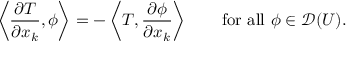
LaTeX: \left\langle { \frac { \partial T } { \partial x _ { k } } } , \phi \right\rangle = - \left\langle T , { \frac { \partial \phi } { \partial x _ { k } } } \right\rangle \qquad { \mathrm { f o r ~ a l l ~ } } \phi \in { \mathcal { D } } ( U ) .